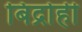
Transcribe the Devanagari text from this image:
बिद्रोही